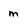
Character: m